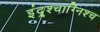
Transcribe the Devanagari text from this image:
इंद्र्श्चाग्निश्च